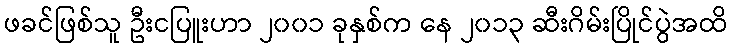
ဖခင်ဖြစ်သူ ဦးငပြူးဟာ ၂၀၀၁ ခုနှစ်က နေ ၂၀၁၃ ဆီးဂိမ်းပြိုင်ပွဲအထိ